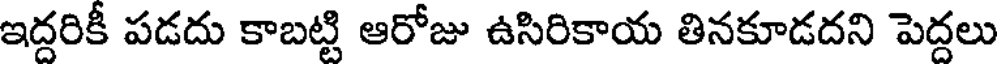
ఇద్దరికీ పడదు కాబట్టి ఆరోజు ఉసిరికాయ తినకూడదని పెద్దలు